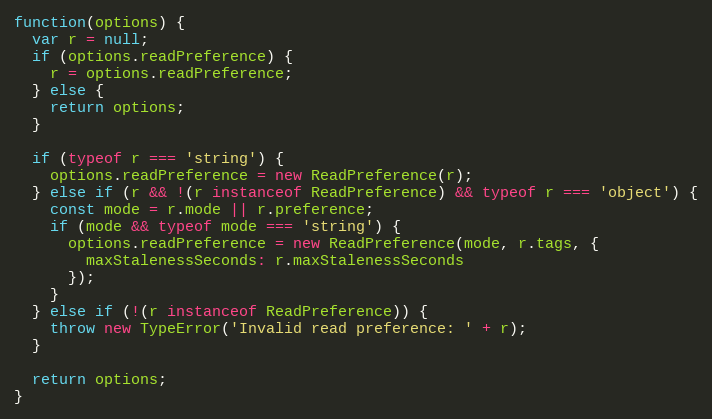
Language: JavaScript
function(options) {
  var r = null;
  if (options.readPreference) {
    r = options.readPreference;
  } else {
    return options;
  }

  if (typeof r === 'string') {
    options.readPreference = new ReadPreference(r);
  } else if (r && !(r instanceof ReadPreference) && typeof r === 'object') {
    const mode = r.mode || r.preference;
    if (mode && typeof mode === 'string') {
      options.readPreference = new ReadPreference(mode, r.tags, {
        maxStalenessSeconds: r.maxStalenessSeconds
      });
    }
  } else if (!(r instanceof ReadPreference)) {
    throw new TypeError('Invalid read preference: ' + r);
  }

  return options;
}